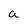
Character: a